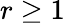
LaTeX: r\geq 1